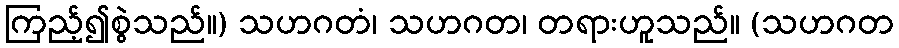
ကြည့်၍စွဲသည်။) သဟဂတံ၊ သဟဂတ၊ တရားဟူသည်။ (သဟဂတ